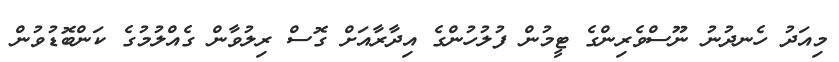
މިއަދު ހެނދުނު ނޫސްވެރިންގެ ޓީމުން ފުލުހުންގެ އިދާރާއަށް ގޮސް ރިލުވާން ގެއްލުމުގެ ކަންބޮޑުވުން